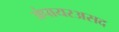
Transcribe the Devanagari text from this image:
अंपायरअसद